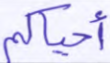
أحياكم